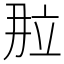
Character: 𬔙